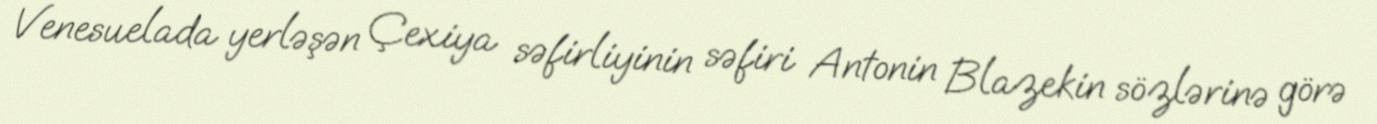
Venesuelada yerləşən Çexiya səfirliyinin səfiri Antonin Blazekin sözlərinə görə